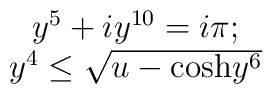
\begin{array}{c}y^5+iy^{10}=i\pi;\\y^4\leq\sqrt{u-\mbox{cosh} y^6}\end{array}